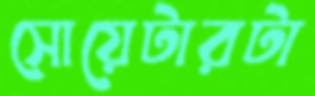
সোয়েটারটা